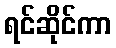
ရင်ဆိုင်ကာ